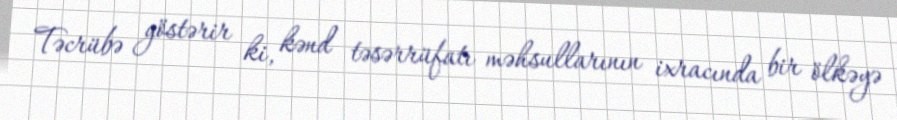
Təcrübə göstərir ki, kənd təsərrüfatı məhsullarının ixracında bir ölkəyə